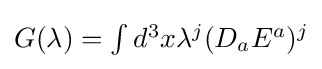
{\textstyle G(\lambda )=\int d^{3}x\lambda ^{j}(D_{a}E^{a})^{j}}